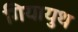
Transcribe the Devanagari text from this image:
गियायुथ